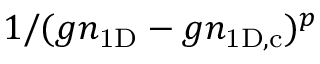
1 / ( g n _ { \mathrm { 1 D } } - g n _ { \mathrm { 1 D , c } } ) ^ { p }